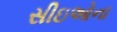
સીઇઓના